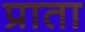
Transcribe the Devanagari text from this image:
प्राता